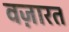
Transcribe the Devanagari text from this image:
वज़ारत